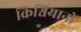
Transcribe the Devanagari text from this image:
क्रिश्चियानो